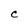
Character: C